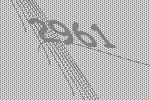
2961